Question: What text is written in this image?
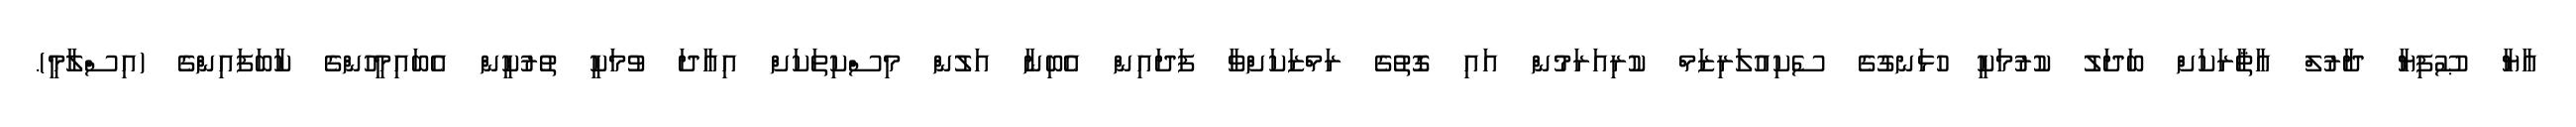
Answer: އާޔާ ޞޫފިޔާ ދާރުލް އާޘާރަކަށް ބަދަލު ކުރުމަކީ ހުޅަނގުގެ ސެކިއުލަރިޒަމް ކުރިއަރަމުން އައި ގޮތުގެ ރަމްޒަކަށްވާ ފަދައިން އެބިނާ އަލުން މިސްކިތަކަށް އިޢާދަ ވުމަކީ ތުރުކީން އެބައިމީހުންގެ ކާބަފައިންގެ (އިސްލާމީ).